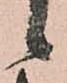
候